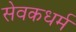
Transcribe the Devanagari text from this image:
सेवकधर्म